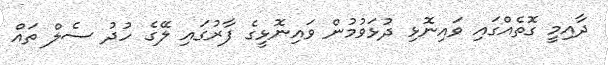
ދާއިމީ ގޮތެއްގައި ވައިނޮޅި ދުޅަވުމުން ވައިނޮޅީގެ ފާރުގައި ލޭގެ ހުދު ސެލް ތައް